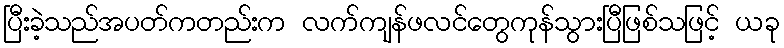
ပြီးခဲ့သည်အပတ်ကတည်းက လက်ကျန်ဖလင်တွေကုန်သွားပြီဖြစ်သဖြင့် ယခု